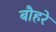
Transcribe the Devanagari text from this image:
बौहरे